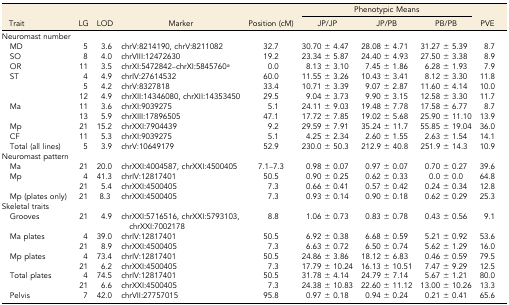
<table><thead><tr><td>[EMPTY_CELL]</td><td>[EMPTY_CELL]</td><td>[EMPTY_CELL]</td><td>[EMPTY_CELL]</td><td>[EMPTY_CELL]</td><td colspan="3"><b>Phenotypic Means</b></td><td>[EMPTY_CELL]</td></tr><tr><td><b>Trait</b></td><td><b>LG</b></td><td><b>LOD</b></td><td><b>Marker</b></td><td><b>Position (cM)</b></td><td><b>JP/JP</b></td><td><b>JP/PB</b></td><td><b>PB/PB</b></td><td><b>PVE</b></td></tr></thead><tbody><tr><td>Neuromast number</td><td>[EMPTY_CELL]</td><td>[EMPTY_CELL]</td><td>[EMPTY_CELL]</td><td>[EMPTY_CELL]</td><td>[EMPTY_CELL]</td><td>[EMPTY_CELL]</td><td>[EMPTY_CELL]</td><td>[EMPTY_CELL]</td></tr><tr><td> MD</td><td>5</td><td>3.6</td><td>chrV:8214190, chrV:8211082</td><td>32.7</td><td>30.70 ± 4.47</td><td>28.08 ± 4.71</td><td>31.27 ± 5.39</td><td>8.7</td></tr><tr><td> SO</td><td>8</td><td>4.0</td><td>chrVIII:12472630</td><td>19.2</td><td>23.34 ± 5.87</td><td>24.40 ± 4.93</td><td>27.50 ± 3.38</td><td>8.9</td></tr><tr><td> OR</td><td>11</td><td>3.5</td><td>chrXI:5472842–chrXI:5845760<i><sup>a</sup></i></td><td>0.0</td><td>8.13 ± 3.10</td><td>7.45 ± 1.86</td><td>6.28 ± 1.93</td><td>7.9</td></tr><tr><td> ST</td><td>4</td><td>4.9</td><td>chrIV:27614532</td><td>60.0</td><td>11.55 ± 3.26</td><td>10.43 ± 3.41</td><td>8.12 ± 3.30</td><td>11.8</td></tr><tr><td>[EMPTY_CELL]</td><td>5</td><td>4.2</td><td>chrV:8327818</td><td>33.4</td><td>10.71 ± 3.39</td><td>9.07 ± 2.87</td><td>11.60 ± 4.14</td><td>10.0</td></tr><tr><td>[EMPTY_CELL]</td><td>12</td><td>4.9</td><td>chrXII:14346080, chrXII:14353450</td><td>29.5</td><td>9.04 ± 3.73</td><td>9.90 ± 3.15</td><td>12.58 ± 3.30</td><td>11.7</td></tr><tr><td> Ma</td><td>11</td><td>3.6</td><td>chrXI:9039275</td><td>5.1</td><td>24.11 ± 9.03</td><td>19.48 ± 7.78</td><td>17.58 ± 6.77</td><td>8.7</td></tr><tr><td>[EMPTY_CELL]</td><td>13</td><td>5.9</td><td>chrXIII:17896505</td><td>47.1</td><td>17.72 ± 7.85</td><td>19.02 ± 5.68</td><td>25.90 ± 11.10</td><td>13.9</td></tr><tr><td> Mp</td><td>21</td><td>15.2</td><td>chrXXI:7904439</td><td>9.2</td><td>29.59 ± 7.91</td><td>35.24 ± 11.7</td><td>55.85 ± 19.04</td><td>36.0</td></tr><tr><td> CF</td><td>11</td><td>5.3</td><td>chrXI:9039275</td><td>5.1</td><td>4.25 ± 2.34</td><td>2.60 ± 1.55</td><td>2.63 ± 1.54</td><td>14.1</td></tr><tr><td> Total (all lines)</td><td>5</td><td>3.9</td><td>chrV:10649179</td><td>52.9</td><td>230.0 ± 50.3</td><td>212.9 ± 40.8</td><td>251.9 ± 14.3</td><td>10.9</td></tr><tr><td>Neuromast pattern</td><td>[EMPTY_CELL]</td><td>[EMPTY_CELL]</td><td>[EMPTY_CELL]</td><td>[EMPTY_CELL]</td><td>[EMPTY_CELL]</td><td>[EMPTY_CELL]</td><td>[EMPTY_CELL]</td><td>[EMPTY_CELL]</td></tr><tr><td> Ma</td><td>21</td><td>20.0</td><td>chrXXI:4004587, chrXXI:4500405</td><td>7.1–7.3</td><td>0.98 ± 0.07</td><td>0.97 ± 0.07</td><td>0.70 ± 0.27</td><td>39.6</td></tr><tr><td> Mp</td><td>4</td><td>41.3</td><td>chrIV:12817401</td><td>50.5</td><td>0.90 ± 0.25</td><td>0.62 ± 0.33</td><td>0.0 ± 0.0</td><td>64.8</td></tr><tr><td>[EMPTY_CELL]</td><td>21</td><td>5.4</td><td>chrXXI:4500405</td><td>7.3</td><td>0.66 ± 0.41</td><td>0.57 ± 0.42</td><td>0.24 ± 0.34</td><td>12.8</td></tr><tr><td> Mp (plates only)</td><td>21</td><td>8.3</td><td>chrXXI:4500405</td><td>7.3</td><td>0.93 ± 0.14</td><td>0.90 ± 0.18</td><td>0.62 ± 0.29</td><td>25.3</td></tr><tr><td>Skeletal traits</td><td>[EMPTY_CELL]</td><td>[EMPTY_CELL]</td><td>[EMPTY_CELL]</td><td>[EMPTY_CELL]</td><td>[EMPTY_CELL]</td><td>[EMPTY_CELL]</td><td>[EMPTY_CELL]</td><td>[EMPTY_CELL]</td></tr><tr><td> Grooves</td><td>21</td><td>4.9</td><td>chrXXI:5716516, chrXXI:5793103, chrXXI:7002178</td><td>8.8</td><td>1.06 ± 0.73</td><td>0.83 ± 0.78</td><td>0.43 ± 0.56</td><td>9.1</td></tr><tr><td> Ma plates</td><td>4</td><td>39.0</td><td>chrIV:12817401</td><td>50.5</td><td>6.92 ± 0.38</td><td>6.68 ± 0.59</td><td>5.21 ± 0.92</td><td>53.6</td></tr><tr><td>[EMPTY_CELL]</td><td>21</td><td>8.9</td><td>chrXXI:4500405</td><td>7.3</td><td>6.63 ± 0.72</td><td>6.50 ± 0.74</td><td>5.62 ± 1.29</td><td>16.0</td></tr><tr><td> Mp plates</td><td>4</td><td>73.4</td><td>chrIV:12817401</td><td>50.5</td><td>24.86 ± 3.86</td><td>18.12 ± 6.83</td><td>0.46 ± 0.59</td><td>79.5</td></tr><tr><td>[EMPTY_CELL]</td><td>21</td><td>6.2</td><td>chrXXI:4500405</td><td>7.3</td><td>17.79 ± 10.24</td><td>16.13 ± 10.51</td><td>7.47 ± 9.29</td><td>12.5</td></tr><tr><td> Total plates</td><td>4</td><td>74.5</td><td>chrIV:12817401</td><td>50.5</td><td>31.78 ± 4.14</td><td>24.79 ± 7.14</td><td>5.67 ± 1.21</td><td>80.0</td></tr><tr><td>[EMPTY_CELL]</td><td>21</td><td>6.6</td><td>chrXXI:4500405</td><td>7.3</td><td>24.38 ± 10.83</td><td>22.60 ± 11.12</td><td>13.00 ± 10.26</td><td>13.3</td></tr><tr><td> Pelvis</td><td>7</td><td>42.0</td><td>chrVII:27757015</td><td>95.8</td><td>0.97 ± 0.18</td><td>0.94 ± 0.24</td><td>0.21 ± 0.41</td><td>65.6</td></tr></tbody></table>